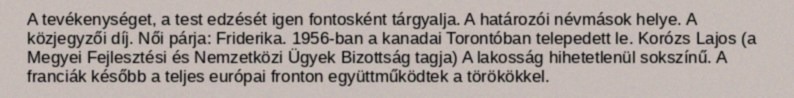
A tevékenységet, a test edzését igen fontosként tárgyalja. A határozói névmások helye. A közjegyzői díj. Női párja: Friderika. 1956-ban a kanadai Torontóban telepedett le. Korózs Lajos (a Megyei Fejlesztési és Nemzetközi Ügyek Bizottság tagja) A lakosság hihetetlenül sokszínű. A franciák később a teljes európai fronton együttműködtek a törökökkel.